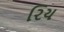
રિય